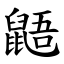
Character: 鼯